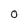
Character: 0